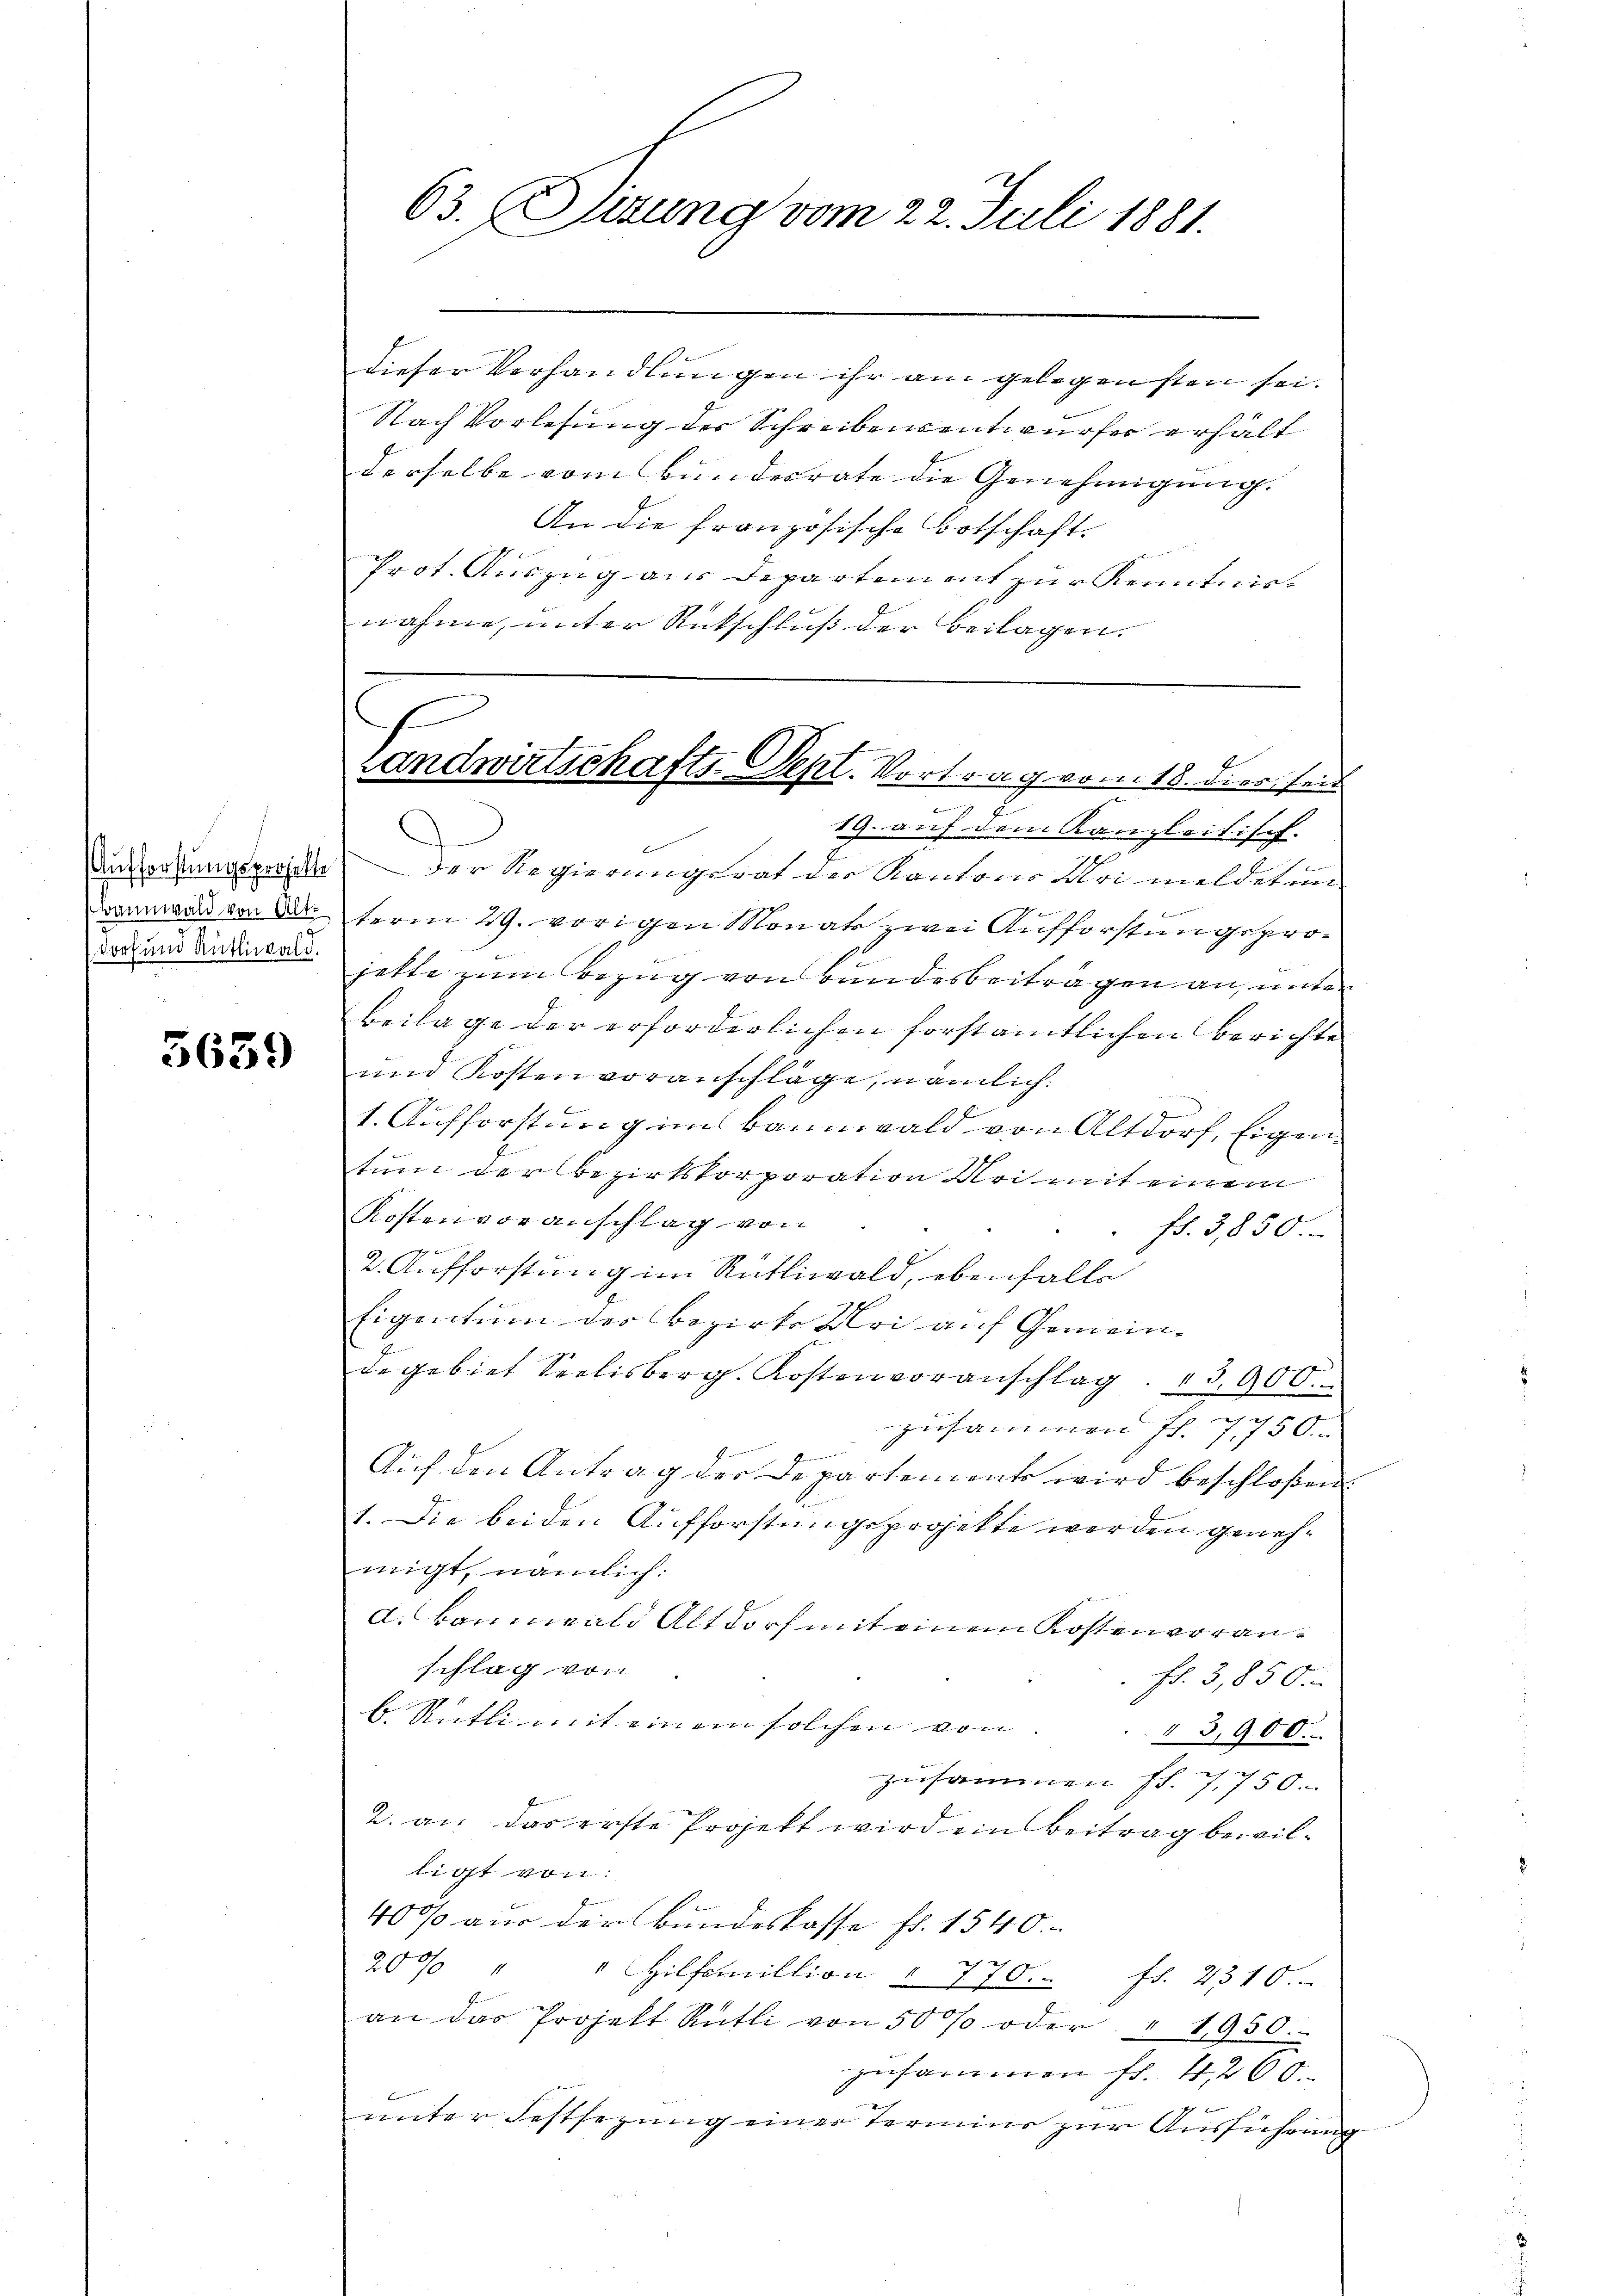
Aufforstungsprojekte
Bannwald von Alt¬
Dorf und Rüttiwald.

5639

63. Sirung vom 22. Juli 1881.

dieser Vorhandlungen ihr am gelegensten sei.
Nach Vorlesung der Schreibensentwurfer erhält
derselbe vom Bundesrate die Genehmigung.
An die französische Botschaft.
Prot. Auszug aus Departiment zur Kenntnisnahme, unter Rückschluß der Beilagen.
19. auf dem Kanzleitisch.
Der Regierungsrat der Kantone Mai meldeten
E
term 29. vorigen Monate zwei Aufforstungsprojette zum Bezug von Bundesbeitragen an, unter
Beilage der erforderlichen forstamtlichen Berichte
und Kosten voranschläge, nämlich.
1. Aufforstung im Bannwald von Altdorf, Eigentum der Bezirkskorporation dei mit einem
Kosten voranschlag von
fd. 3,850.
d
2. Aufforstung im Rütiwald, ebenfalls
Eigentum der Bezirk Mai auf Gemeinde gebiet Seelisberg. Kostenvoranschlag. 3900.
zusammen fl. 750.
d
Auf den Antrag der Departements wird beschloßen:
1. Die beiden Aufforstungsprojekte werden genehmigt, nämlich:
a. Bannwald Altdorf mit einem Kostenvoranschlag von
Fr. 3,850.
b. Rütli mit einem solchen von
3,900.
zusammen fl. 7,750.
2. an das erste Projekt wird ein Beitrag bewilligt von
4000 aus der Bundeskasse fr. 1540.
200 " Hilfamillion § 770. fs. 2310.
an das Projekt Rütli von 50% oder " 1950.
zusammen fl. 4200.
unter Festsezung einer Termins zur Ausführung

x
Landwirtschafts-Sept. Vortrag vom 18. dies seit
e